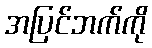
အပြင်ဘက်ကို